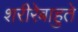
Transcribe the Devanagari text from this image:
शरीरेबाहुते